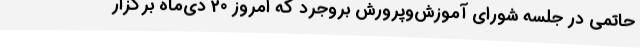
حاتمی در جلسه شورای آموزش‌وپرورش بروجرد که امروز 20 دی‌ماه برگزار